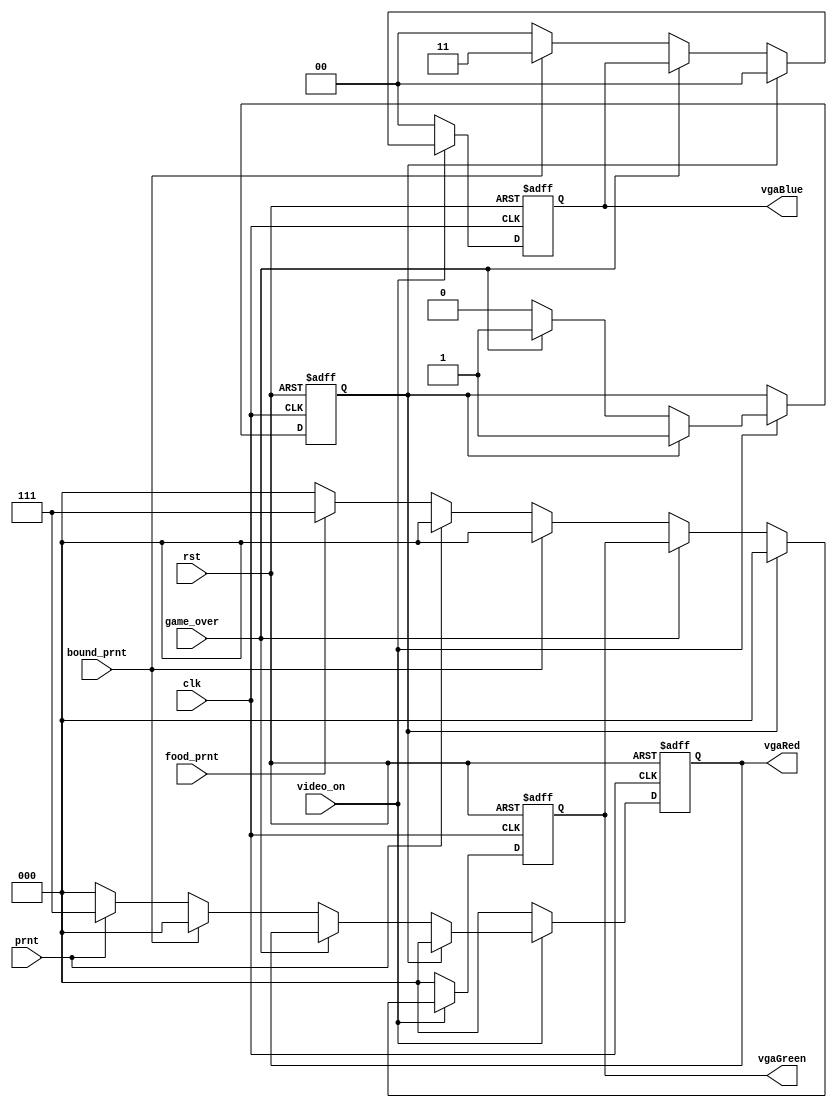
`timescale 1ns / 1ps
//////////////////////////////////////////////////////////////////////////////////
// Company: 
// Engineer: 
// 
// Design Name:	   George Bousdras
// Module Name:    set_color 
// Project Name: 
// Target Devices: 
// Tool versions: 
// Description: 
//
// Dependencies: 
//
// Revision: 
// Revision 0.01 - File Created
// Additional Comments: 
//
//////////////////////////////////////////////////////////////////////////////////
module set_color(clk,
					  rst, 
					  video_on, 
					  food_prnt, 
					  bound_prnt, 
					  prnt,
					  game_over,
					  vgaRed,
					  vgaGreen,
					  vgaBlue);
					  
	input		 	 clk,
					 rst,
					 video_on;
		
	input  	    food_prnt,
					 game_over,
					 bound_prnt, 
					 prnt;
	
	output [2:0] vgaRed;
	output [2:0] vgaGreen;
	output [1:0] vgaBlue;
	
	reg 			 flag;
	reg    [2:0] vgaRed,
					 vgaGreen;
			 
	reg	 [1:0] vgaBlue;
	
	always @(posedge clk or posedge rst )
	begin
	    if(rst) begin
			flag 		= 0;
			vgaRed   = 3'h7;
			vgaGreen = 3'h0;
			vgaBlue  = 2'h0; 
	    end
	    else if(video_on)begin
			 if(flag) begin
			 
				 vgaRed   = 3'h0;
				 vgaGreen = 3'h0;
				 vgaBlue  = 2'h0; 
			 end
			 else if(game_over)begin
						
				 flag = 1;
			 end
			 else if(bound_prnt == 1'b1) begin
				  
				 vgaRed   = 3'h0;
				 vgaGreen = 3'h0;
				 vgaBlue  = 2'h3; 
			 end
			 else if(prnt == 1'b1 )begin
					
				 vgaRed   = 3'h7;
				 vgaGreen = 3'h0;
				 vgaBlue  = 2'h0; 
			 end
			 else if(food_prnt == 1'b1)begin
				  
				 vgaRed   = 3'h0;
				 vgaGreen = 3'h7;
				 vgaBlue  = 2'h0; 
			 end  
			 else begin
				  
				 vgaRed   = 3'h0;
				 vgaGreen = 3'h0;
				 vgaBlue  = 2'h0; 
			 end
		end
		else begin
				
			vgaRed   = 3'h0;
			vgaGreen = 3'h0;
			vgaBlue  = 2'h0;
		end
	end


endmodule